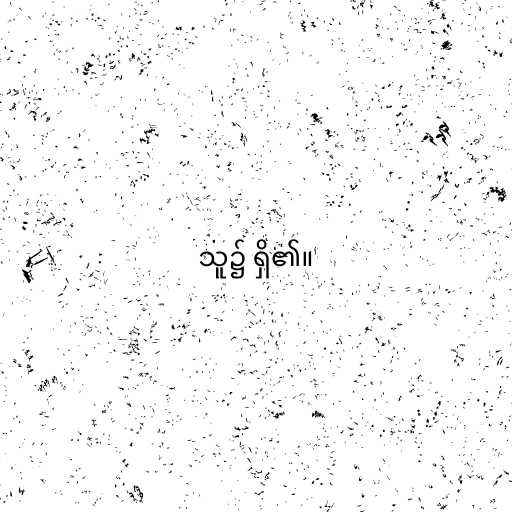
သူ၌ ရှိ၏။